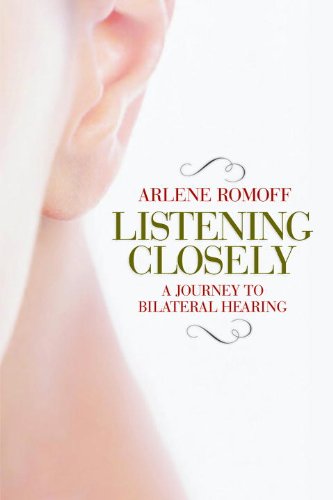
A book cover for Listening Closely: A Journey to Bilateral Hearing; Arlene Romoff; Health, Fitness & Dieting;